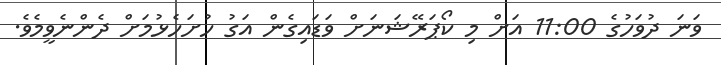
ވަނަ ދުވަހުގެ 11:00 އަށް މި ކޯޕަރޭޝަނަށް ވަޑައިގެން އަގު ހުށަހެޅުމަށް ދެންނެވީމެވެ.